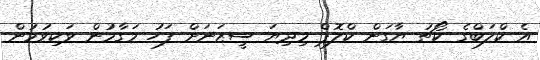
އެ ކްލަބްގެ ކޯޗު ޔާގަން ކްލޮޕް މިދިޔަ ސީޒަނަށް ފަހު މަގާމުން ވަކިވުމުން